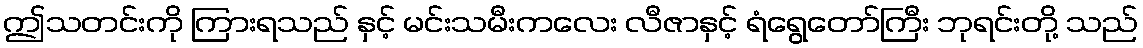
ဤသတင်းကို ကြားရသည် နှင့် မင်းသမီးကလေး လီဇာနှင့် ရံရွေတော်ကြီး ဘုရင်းတို့ သည်